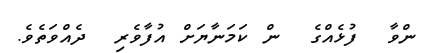
ންވާ  ފުޅެއްގެ  ން ކަމަނާޔަށް އުފާވެރި  ދެއްވަތެވެ.